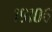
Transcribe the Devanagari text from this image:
१९१०६